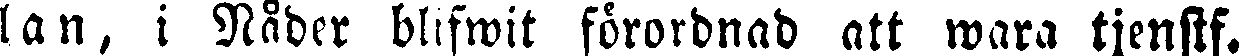
lan, i Nåder blifwit förordnad att wara tjenstf.